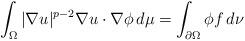
LaTeX: \begin{align*} \int_{\Omega}|\nabla u|^{p-2}\nabla u\cdot\nabla\phi\,d\mu=\int_{\partial\Omega}\phi f\,d\nu \end{align*}